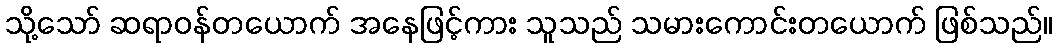
သို့သော် ဆရာဝန်တယောက် အနေဖြင့်ကား သူသည် သမားကောင်းတယောက် ဖြစ်သည်။